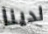
لدينا